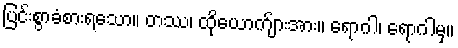
ပြင်းစွာခံစားရသော။ တဿ၊ ထိုယောက်ျားအား။ ရောဂါ၊ ရောဂါမှ။